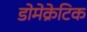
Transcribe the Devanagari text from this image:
डोमेक्रेटिक